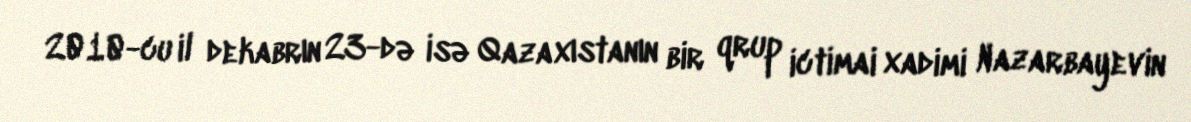
2010-cu il dekabrın 23-də isə Qazaxıstanın bir qrup ictimai xadimi Nazarbayevin